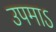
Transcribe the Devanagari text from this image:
उपमाऽ